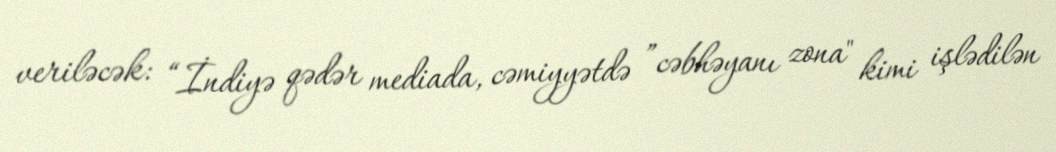
veriləcək: “İndiyə qədər mediada, cəmiyyətdə ”cəbhəyanı zona" kimi işlədilən